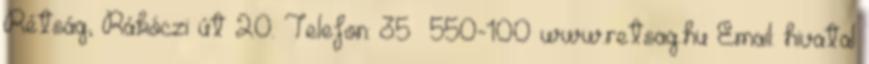
Rétság, Rákóczi út 20. Telefon: 35 550-100 www.retsag.hu Email: hivatal